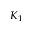
K _ { 1 }